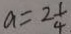
a = 2 \frac { 1 } { 4 }